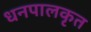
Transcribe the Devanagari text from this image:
धनपालकृत